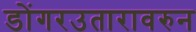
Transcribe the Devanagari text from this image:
डोंगरउतारावरुन